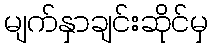
မျက်နှာချင်းဆိုင်မှ